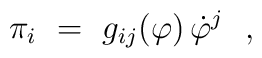
\pi_i~=~g_{ij}(\varphi) \, \dot{\varphi}^j~~,